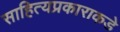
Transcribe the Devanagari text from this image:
साहित्यप्रकाराकडे